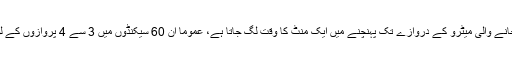
جہاز سے نکلنے کے بعد ایئرپورٹ لاؤنج لے جانے والی میٹرو کے دروازے تک پہنچنے میں ایک منٹ کا وقت لگ جاتا ہے، عموماً ان 60 سیکنڈوں میں 3 سے 4 پروازوں کے لوگ میٹرو کے سامنے اکھٹے ہوجایا کرتے ہیں۔